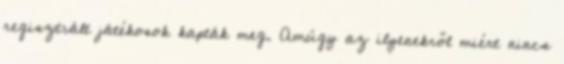
regisztrált játékosok kapták meg. Amúgy az ilyenekről miért nincs